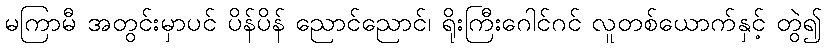
မကြာမီ အတွင်းမှာပင် ပိန်ပိန် ညောင်ညောင်၊ ရိုးကြီးဂေါင်ဂင် လူတစ်ယောက်နှင့် တွဲ၍